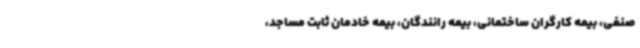
صنفی، بیمه کارگران ساختمانی، بیمه رانندگان، بیمه خادمان ثابت مساجد،